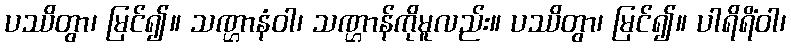
ပဿိတွာ၊ မြင်၍။ သဏ္ဌာနံဝါ၊ သဏ္ဌာန်ကိုမူလည်း။ ပဿိတွာ၊ မြင်၍။ ပါရိရိံဝါ၊